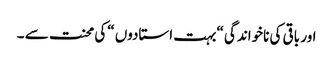
اور باقی کی ناخواندگی “بہت استادوں “کی محنت سے ۔